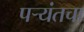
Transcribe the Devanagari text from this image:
पर्‍यंतचा